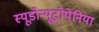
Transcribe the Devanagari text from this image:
स्यूडोन्यूट्रोपेनिया